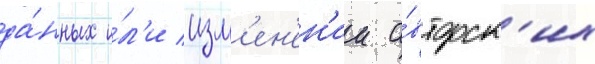
да́нных и́л'и изм'ен'ен'ии а́вторск'их